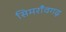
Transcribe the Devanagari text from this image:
सिमराँवगढ़